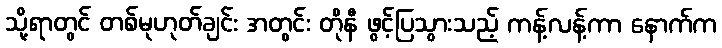
သို့ရာတွင် တစ်မုဟုတ်ချင်း အတွင်း တိုနီ ဖွင့်ပြသွားသည့် ကန့်လန့်ကာ နောက်က